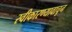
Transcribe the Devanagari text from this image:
स्वीकारण्यावाचून